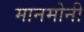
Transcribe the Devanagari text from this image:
मानमोनी